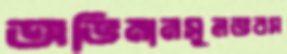
অভিমানসুলভবস